Civil Veterinary Department Bengal reports 1923-33 - 1923-1933
Year: 1923
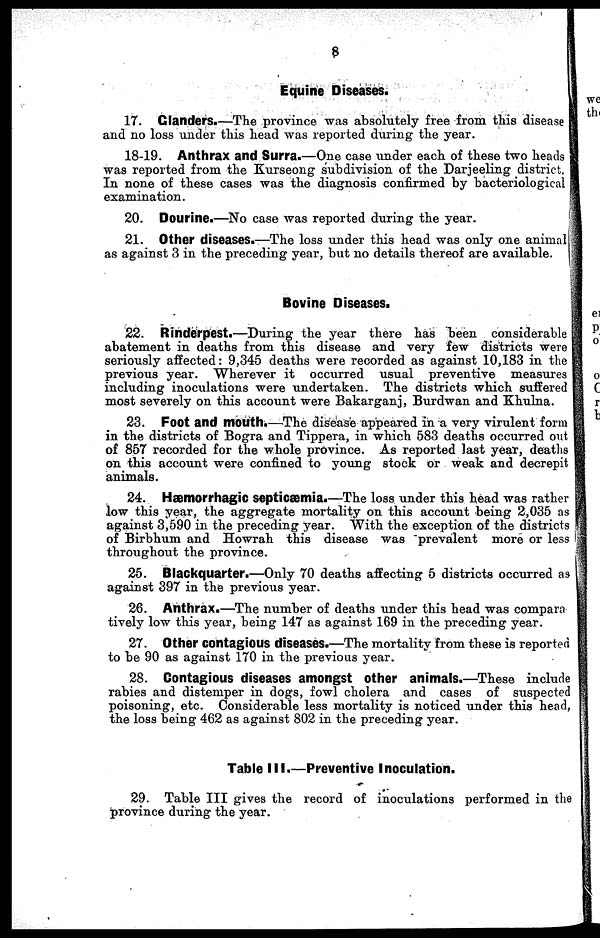
Equine Diseases.
17. Glanders.—The province was absolutely free from this disease
and no loss under this head was reported during the year.
18-19. Anthrax and Surra.—One case under each of these two heads
was reported from the Kurseong subdivision of the Darjeeling district.
In, none of these cases was the diagnosis confirmed by bacteriological
examination.
20. Dourine.—-No case was reported during the year.
21. Other diseases.—The loss under this head was only one animal
as against 3 in the preceding year, but no details thereof are available.
Bovine Diseases.
22
Rinderpest.—During the year there has been considerable
abatement in deaths from this disease and very few districts were
seriously affected: 9,345 deaths were recorded as against 10,183 in the
previous year. Wherever it occurred usual preventive measures
including inoculations were undertaken. The districts which suffered
most severely on this account were Bakarganj, Burdwan and Khulna.
23. Foot and mouth.—The disease appeared in a very virulent form
in the districts of Bogra and Tippera, in which 588 deaths occurred out
of 857 recorded for the whole province. As reported last year, deaths
on this account were confined to young stock or weak and decrepit
animals.
24. Hæmorrhagic septicæmia.—The loss under this head was rather
low this year, the aggregate mortality on this account being 2,035 as
against 3,590 in the preceding year. With the exception of the districts
of Birbhum and Howrah this disease was prevalent more or less
throughout the province.
25. Blackquarter.—Only 70 deaths affecting 5 districts occurred as
against 397 in the previous year.
20. Anthrax.—The number of deaths under this head was compara
tively low this year, being 147 as against 169 in the preceding year.
27. Other contagious diseases.—The mortality from these is reported
to be 90 as against 170 in the previous year.
28. Contagious diseases amongst other animals.—These include
rabies and distemper in dogs, fowl cholera and cases of
Suspected
poisoning. etc. Considerable less mortality is noticed under this head,
the loss being 462 as against 802 in the preceding year.
Table III.—Preventive Inoculation.
29. Table III gives the record of inoculations performed in the
province during the year.